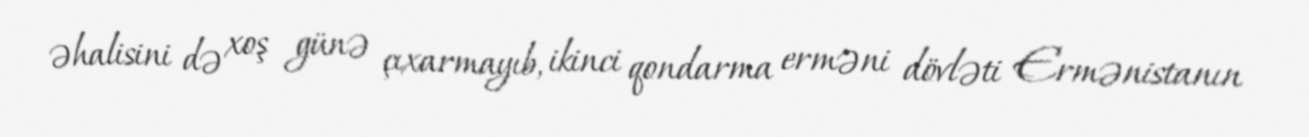
əhalisini də xoş günə çıxarmayıb, ikinci qondarma erməni dövləti Ermənistanın